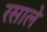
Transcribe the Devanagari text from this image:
रसाले